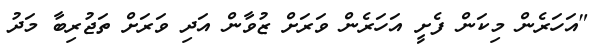
"އަހަރެން މިކަން ފެށީ އަހަރެން ވަރަށް ޒުވާން އަދި ވަރަށް ތަޖުރިބާ މަދު